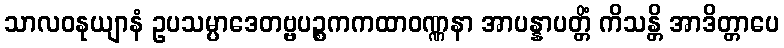
သာလဝနုယျာနံ ဥပသမ္ပာဒေတဗ္ဗပဉ္စကကထာဝဏ္ဏနာ အာပန္နာပတ္တိံ ကိသန္တိ အာဒိတ္တာပေ